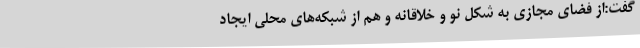
گفت:از فضای مجازی به شکل نو و خلاقانه و هم از شبکه‌های محلی ایجاد